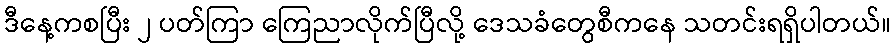
ဒီနေ့ကစပြီး ၂ ပတ်ကြာ ကြေညာလိုက်ပြီလို့ ဒေသခံတွေစီကနေ သတင်းရရှိပါတယ်။